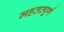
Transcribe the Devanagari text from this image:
महतव्पूर्ण